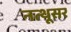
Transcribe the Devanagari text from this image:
नत्थूसर